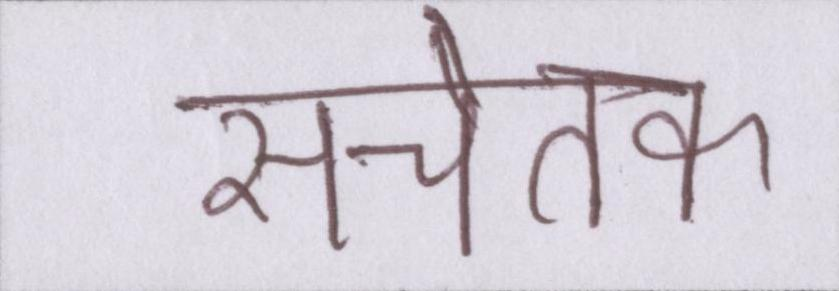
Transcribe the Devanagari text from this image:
सचेतक